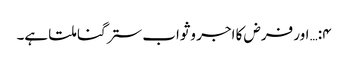
۴:… اور فرض کا اجر وثواب ستر گنا ملتا ہے۔